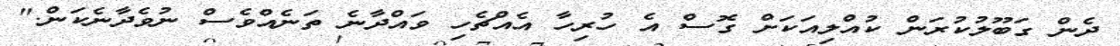
ދެން ގަބޫލުކުރަން ކުއްލިއަކަށް ގޮސް އެ ހުރިހާ އެއްޗެހި ވައްދާނެ ތަނެއްވެސް ނުވެދާނެކަން."